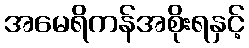
အမေရိကန်အစိုးရနှင့်